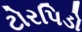
ટોરપિડો